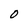
Character: O